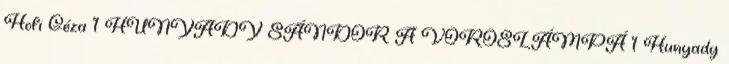
Hofi Géza 1 HUNYADY SÁNDOR A VÖRÖSLÁMPÁ 1 Hunyady